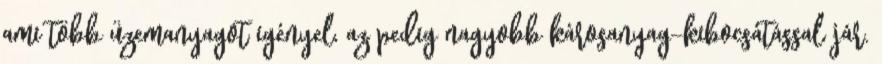
ami több üzemanyagot igényel, az pedig nagyobb károsanyag-kibocsátással jár.